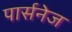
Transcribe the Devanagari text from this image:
पार्सनेज